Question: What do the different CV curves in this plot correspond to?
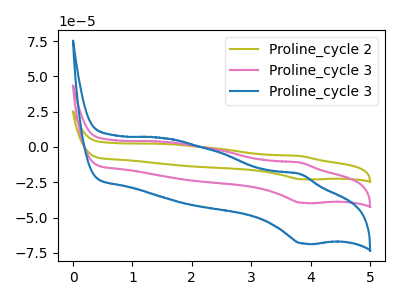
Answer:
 <answer>The olive curve is labeled "Proline_cycle 2". The pink curve is labeled "Proline_cycle 3". The blue curve is labeled "Proline_cycle 3".</answer>
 <eval></eval>